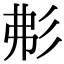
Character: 𢒍